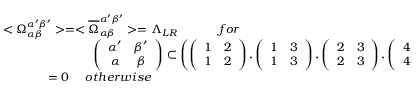
\begin{array} { l } { { < \Omega _ { \alpha \beta } ^ { \alpha ^ { \prime } \beta ^ { \prime } } > = < \overline { { { \Omega } } } _ { \alpha \beta } ^ { \alpha ^ { \prime } \beta ^ { \prime } } > = \Lambda _ { L R } ~ ~ ~ ~ ~ ~ ~ ~ ~ ~ f o r } } \\ { { ~ ~ ~ ~ ~ ~ ~ ~ ~ ~ ~ ~ ~ ~ ~ ~ ~ ~ ~ ~ ~ ~ \left( \begin{array} { c c } { { \alpha ^ { \prime } } } & { { \beta ^ { \prime } } } \\ { { \alpha } } & { { \beta } } \end{array} \right) \subset \left( \left( \begin{array} { c c } { { 1 } } & { { 2 } } \\ { { 1 } } & { { 2 } } \end{array} \right) , \left( \begin{array} { c c } { { 1 } } & { { 3 } } \\ { { 1 } } & { { 3 } } \end{array} \right) , \left( \begin{array} { c c } { { 2 } } & { { 3 } } \\ { { 2 } } & { { 3 } } \end{array} \right) , \left( \begin{array} { c c } { { 4 } } & { { 5 } } \\ { { 4 } } & { { 5 } } \end{array} \right) \right) } } \\ { { ~ ~ ~ ~ ~ ~ ~ ~ ~ ~ ~ = 0 ~ ~ ~ ~ o t h e r w i s e } } \end{array}